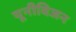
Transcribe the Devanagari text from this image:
यूनीविजन